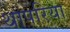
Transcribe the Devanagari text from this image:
थापरिया